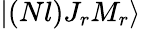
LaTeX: |(Nl)J_{r}M_{r}\rangle